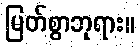
မြတ်စွာဘုရား။